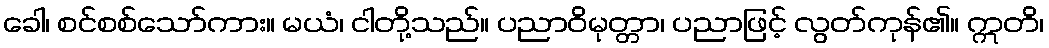
ခေါ၊ စင်စစ်သော်ကား။ မယံ၊ ငါတို့သည်။ ပညာဝိမုတ္တာ၊ ပညာဖြင့် လွတ်ကုန်၏။ ဣတိ၊